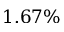
1 . 6 7 \%